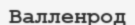
Валленрод